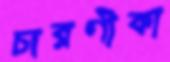
চারণীকা